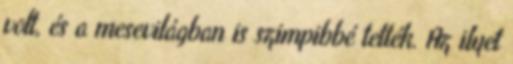
volt, és a mesevilágban is szimpibbé tették. Az ilyet